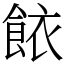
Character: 餏